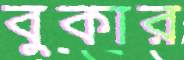
বুকার